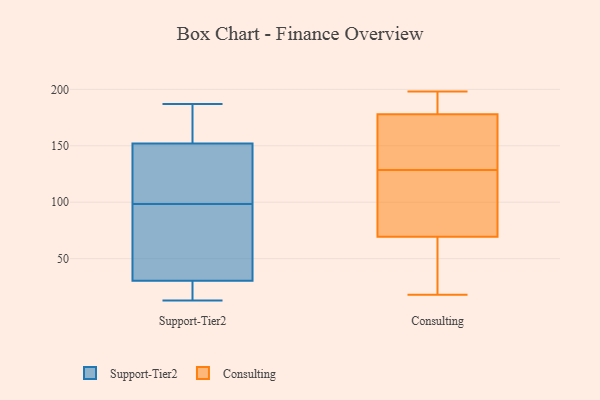
{"axis": {"x": "Satisfaction Score", "y": "Value"}, "legend": ["Consulting", "Support-Tier2"], "data": [{"x": "", "y": 62, "type": "Support-Tier2"}, {"x": "", "y": 132, "type": "Support-Tier2"}, {"x": "", "y": 35, "type": "Support-Tier2"}, {"x": "", "y": 179, "type": "Support-Tier2"}, {"x": "", "y": 14, "type": "Support-Tier2"}, {"x": "", "y": 82, "type": "Support-Tier2"}, {"x": "", "y": 26, "type": "Support-Tier2"}, {"x": "", "y": 16, "type": "Support-Tier2"}, {"x": "", "y": 176, "type": "Support-Tier2"}, {"x": "", "y": 158, "type": "Support-Tier2"}, {"x": "", "y": 187, "type": "Support-Tier2"}, {"x": "", "y": 71, "type": "Support-Tier2"}, {"x": "", "y": 38, "type": "Support-Tier2"}, {"x": "", "y": 13, "type": "Support-Tier2"}, {"x": "", "y": 140, "type": "Support-Tier2"}, {"x": "", "y": 116, "type": "Support-Tier2"}, {"x": "", "y": 15, "type": "Support-Tier2"}, {"x": "", "y": 115, "type": "Support-Tier2"}, {"x": "", "y": 149, "type": "Support-Tier2"}, {"x": "", "y": 155, "type": "Support-Tier2"}, {"x": "", "y": 181, "type": "Consulting"}, {"x": "", "y": 31, "type": "Consulting"}, {"x": "", "y": 175, "type": "Consulting"}, {"x": "", "y": 136, "type": "Consulting"}, {"x": "", "y": 85, "type": "Consulting"}, {"x": "", "y": 192, "type": "Consulting"}, {"x": "", "y": 54, "type": "Consulting"}, {"x": "", "y": 109, "type": "Consulting"}, {"x": "", "y": 156, "type": "Consulting"}, {"x": "", "y": 137, "type": "Consulting"}, {"x": "", "y": 121, "type": "Consulting"}, {"x": "", "y": 92, "type": "Consulting"}, {"x": "", "y": 198, "type": "Consulting"}, {"x": "", "y": 48, "type": "Consulting"}, {"x": "", "y": 18, "type": "Consulting"}, {"x": "", "y": 182, "type": "Consulting"}]}